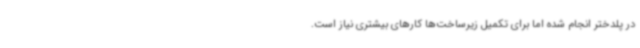
در پلدختر انجام شده اما برای تکمیل زیرساخت‌ها کارهای بیشتری نیاز است.